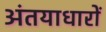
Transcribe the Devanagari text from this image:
अंतयाधारों